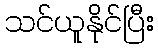
သင်ယူနိုင်ပြီး